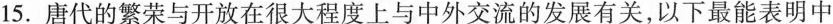
15.唐代的繁荣与开放在很大程度上与中外交流的发展有关，以下最能表明中